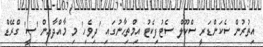
އިތުރުން ސެކަންޑަރީ ސްކޫލް ސެޓުފިކެޓު އިމްތިޙާނުގައި 'ދިވެހި' މި މާއްދާއިން 'ސީ' ގްރޭޑް